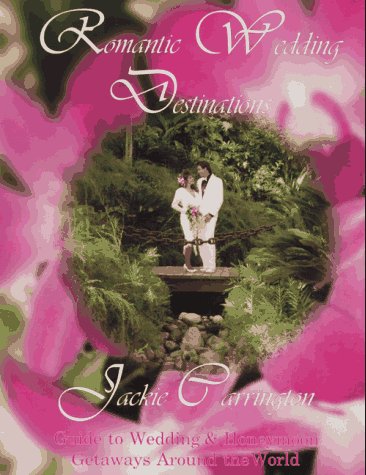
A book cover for Romantic Wedding Destinations; Jackie Carrington; Crafts, Hobbies & Home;